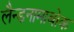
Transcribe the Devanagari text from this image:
लैन्डनामाबोक